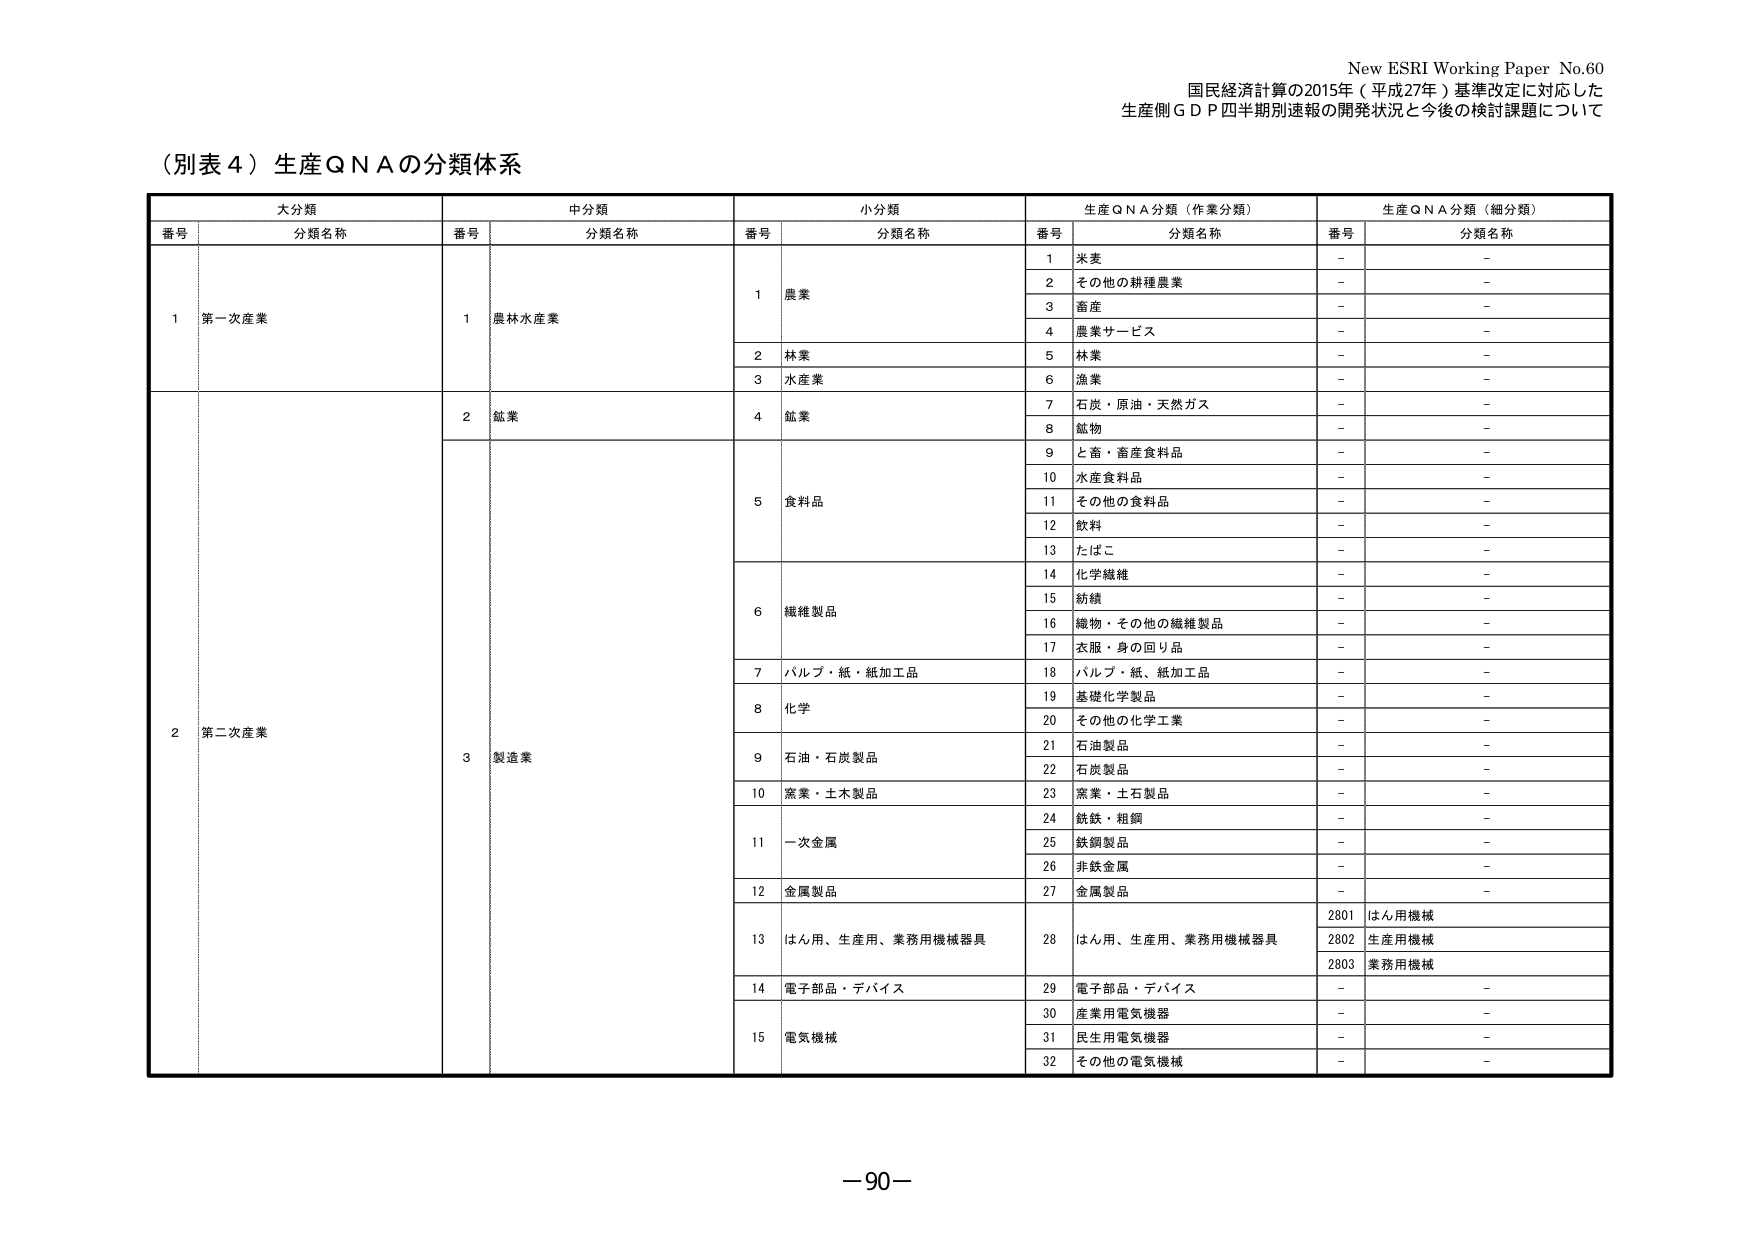
New ESRI Working Paper No.60
国民経済計算の2015年（平成27年）基準改定に対応した
生産側ＧＤＰ四半期別速報の開発状況と今後の検討課題について

（別表４）生産ＱＮＡの分類体系

大分類
番号 分類名称

中分類
番号 分類名称

小分類
番号 分類名称

生産ＱＮＡ分類（作業分類）
番号 分類名称

生産ＱＮＡ分類（細分類）
番号 分類名称

1 第一次産業
1 農林水産業
1 農業
1 米麦
－ －
2 その他の耕種農業
－ －
3 畜産
－ －
4 農業サービス
－ －
2 林業
5 林業
－ －
3 水産業
6 漁業
－ －

2 第二次産業
2 鉱業
4 鉱業
7 石炭・原油・天然ガス
－ －
8 鉱物
－ －

3 製造業
5 食料品
9 と畜・畜産食料品
－ －
10 水産食料品
－ －
11 その他の食料品
－ －
12 飲料
－ －
13 たばこ
－ －

6 繊維製品
14 化学繊維
－ －
15 紡績
－ －
16 織物・その他の繊維製品
－ －
17 衣服・身の回り品
－ －

7 パルプ・紙・紙加工品
18 パルプ・紙・紙加工品
－ －

8 化学
19 基礎化学製品
－ －
20 その他の化学工業
－ －

9 石油・石炭製品
21 石油製品
－ －
22 石炭製品
－ －

10 窯業・土木製品
23 窯業・土石製品
－ －

11 一次金属
24 鉄鉄・粗鋼
－ －
25 鉄鋼製品
－ －
26 非鉄金属
－ －

12 金属製品
27 金属製品
－ －

13 はん用、生産用、業務用機械器具
28 はん用、生産用、業務用機械器具
2801 はん用機械
2802 生産用機械
2803 業務用機械

14 電子部品・デバイス
29 電子部品・デバイス
－ －

15 電気機械
30 産業用電気機器
－ －
31 民生用電気機器
－ －
32 その他の電気機械
－ －

－90－